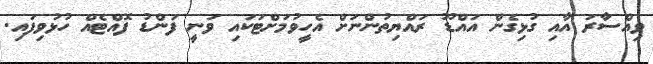
ވިއްސާރަ އާއި ގުޅިގެން އައްޑޫ ރައްޔިތުންނަށް އެހީވުމަށްޓަކައި ވަނީ ފަންޑު ފޮއްޓެއް ހުޅުވިފައި.